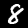
Label: 8